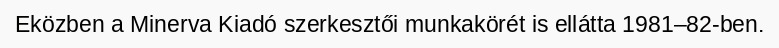
Eközben a Minerva Kiadó szerkesztői munkakörét is ellátta 1981–82-ben.